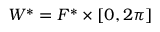
W ^ { * } = F ^ { * } \times [ 0 , 2 \pi ]